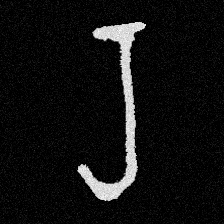
Pyu character \u2014 Myanmar letter: ရ (romanized: ra)